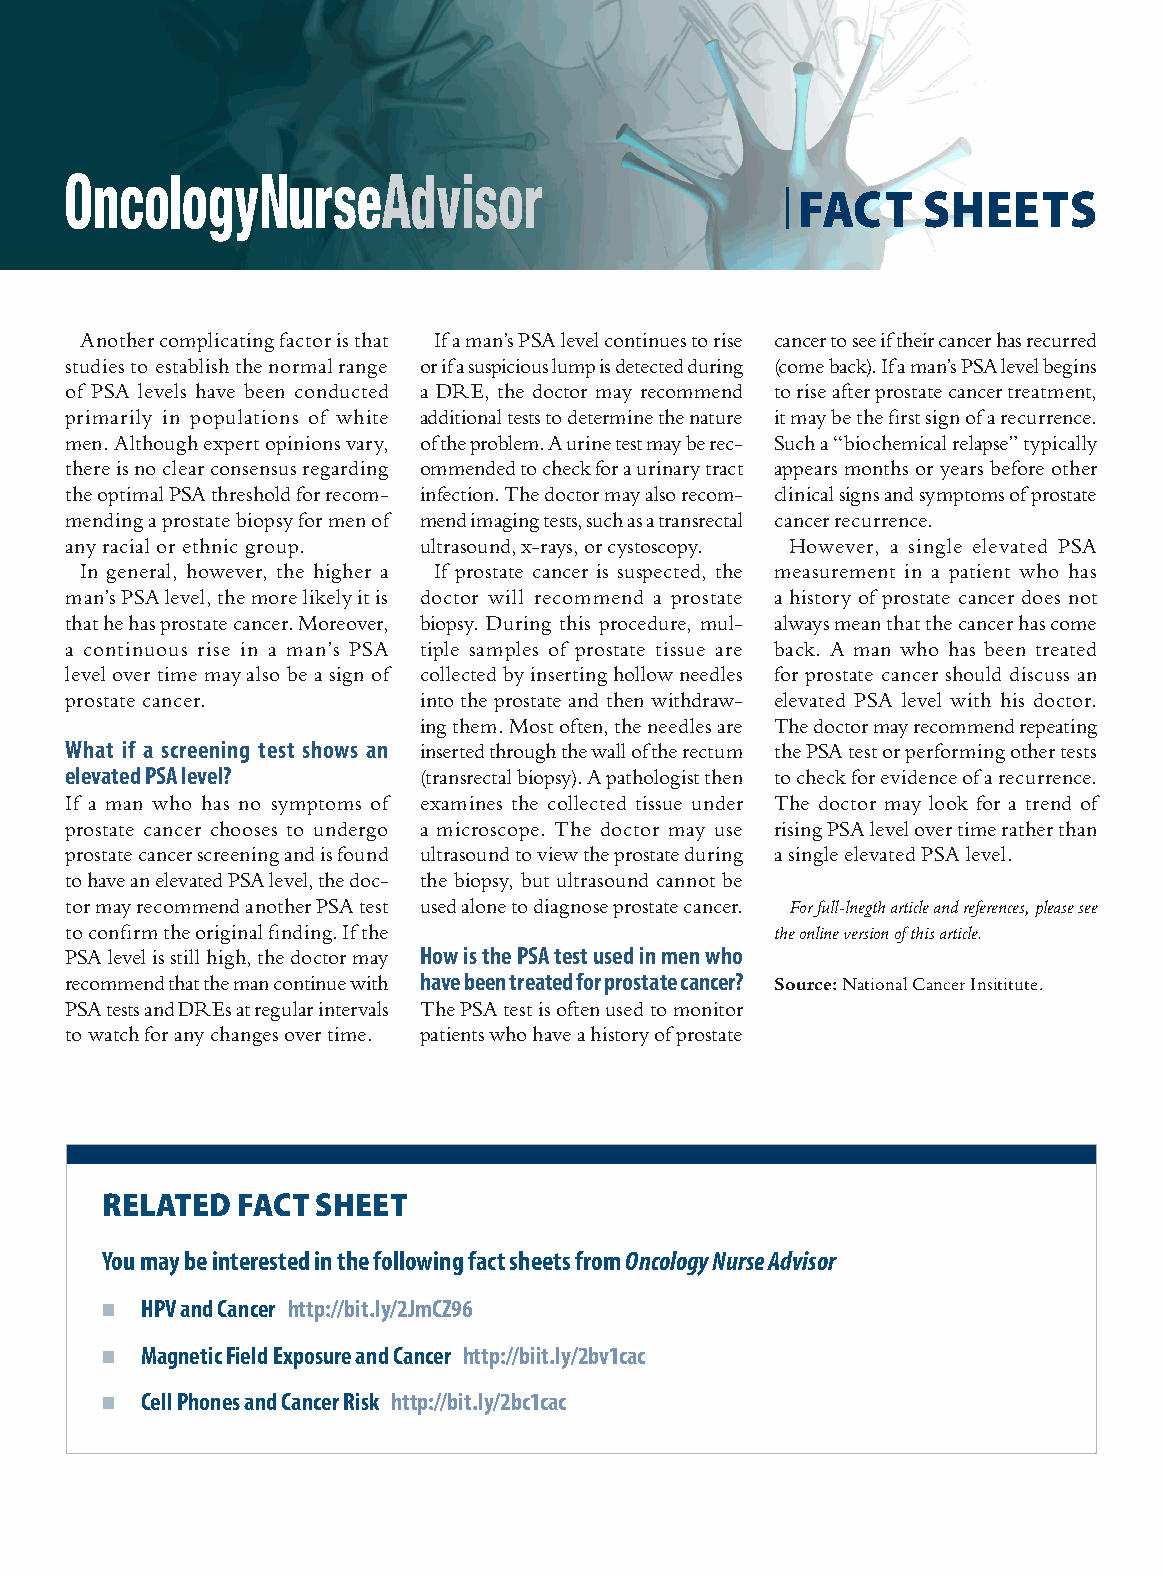
FACT    SHEETS
 Another complicating factor is that If a man’s PSA level continues to rise cancer to see if their cancer has recurred
 studies to establish the normal range or if a suspicious lump is detected during (come back). If a man’s PSA level begins
 of PSA levels have been conducted a DRE, the doctor may recommend to rise after prostate cancer treatment,
 primarily in populations of white additional tests to determine the nature it may be the first sign of a recurrence.
 men. Although expert opinions vary, of the problem. A urine test may be rec- Such a “biochemical relapse” typically
 there is no clear consensus regarding ommended to check for a urinary tract appears months or years before other
 the optimal PSA threshold for recom- infection. The doctor may also recom- clinical signs and symptoms of prostate
 mending a prostate biopsy for men of mend imaging tests, such as a transrectal cancer recurrence.
 any racial or ethnic group. ultrasound, x-rays, or cystoscopy. However, a single elevated PSA
 In general, however, the higher a If prostate cancer is suspected, the measurement in a patient who has
 man’s PSA level, the more likely it is doctor will recommend a prostate a history of prostate cancer does not
 that he has prostate cancer. Moreover, biopsy. During this procedure, mul- always mean that the cancer has come
 a continuous rise in a man’s PSA tiple samples of prostate tissue are back. A man who has been treated
 level over time may also be a sign of collected by inserting hollow needles for prostate cancer should discuss an
 prostate cancer.        into the prostate and then withdraw- elevated PSA level with his doctor.
 ing them. Most often, the needles are The doctor may recommend repeating
 What if a screening test shows an inserted through the wall of the rectum the PSA test or performing other tests
 elevated PSA level?     (transrectal biopsy). A pathologist then to check for evidence of a recurrence.
 If a man who has no symptoms of examines the collected tissue under The doctor may look for a trend of
 prostate cancer chooses to undergo a microscope. The doctor may use rising PSA level over time rather than
 prostate cancer screening and is found ultrasound to view the prostate during a single elevated PSA level.
 to have an elevated PSA level, the doc- the biopsy, but ultrasound cannot be
 tor may recommend another PSA test used alone to diagnose prostate cancer. For full-lnegth article and references, please see
 to confirm the original finding. If the        the online version of this article.
 PSA level is still high, the doctor may How is the PSA test used in men who
 recommend that the man continue with have been treated for prostate cancer? Source: National Cancer Insititute.
 PSA tests and DREs at regular intervals The PSA test is often used to monitor
 to watch for any changes over time. patients who have a history of prostate
 RELATED  FACT SHEET
 You may be interested in the following fact sheets from Oncology Nurse Advisor
 ■ HPV and Cancer http://bit.ly/2JmCZ96
 ■ Magnetic Field Exposure and Cancer http://biit.ly/2bv1cac
 ■ Cell Phones and Cancer Risk http://bit.ly/2bc1cac